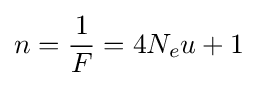
n={1 \over F}=4N_{e}u+1